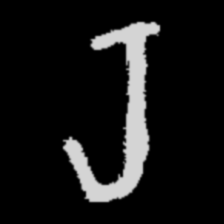
Pyu character \u2014 Myanmar letter: ရ (romanized: ra)